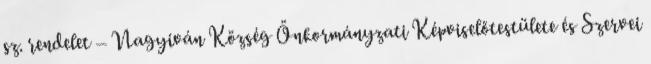
sz. rendelet – Nagyiván Község Önkormányzati Képviselőtestülete és Szervei